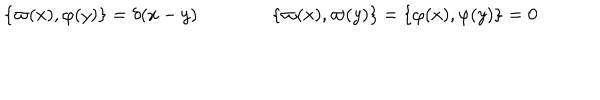
\{ \varpi ( x ) , \varphi ( y ) \} = \delta ( x - y ) \qquad \qquad \{ \varpi ( x ) , \varpi ( y ) \} = \{ \varphi ( x ) , \varphi ( y ) \} = 0